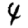
Digit: 4